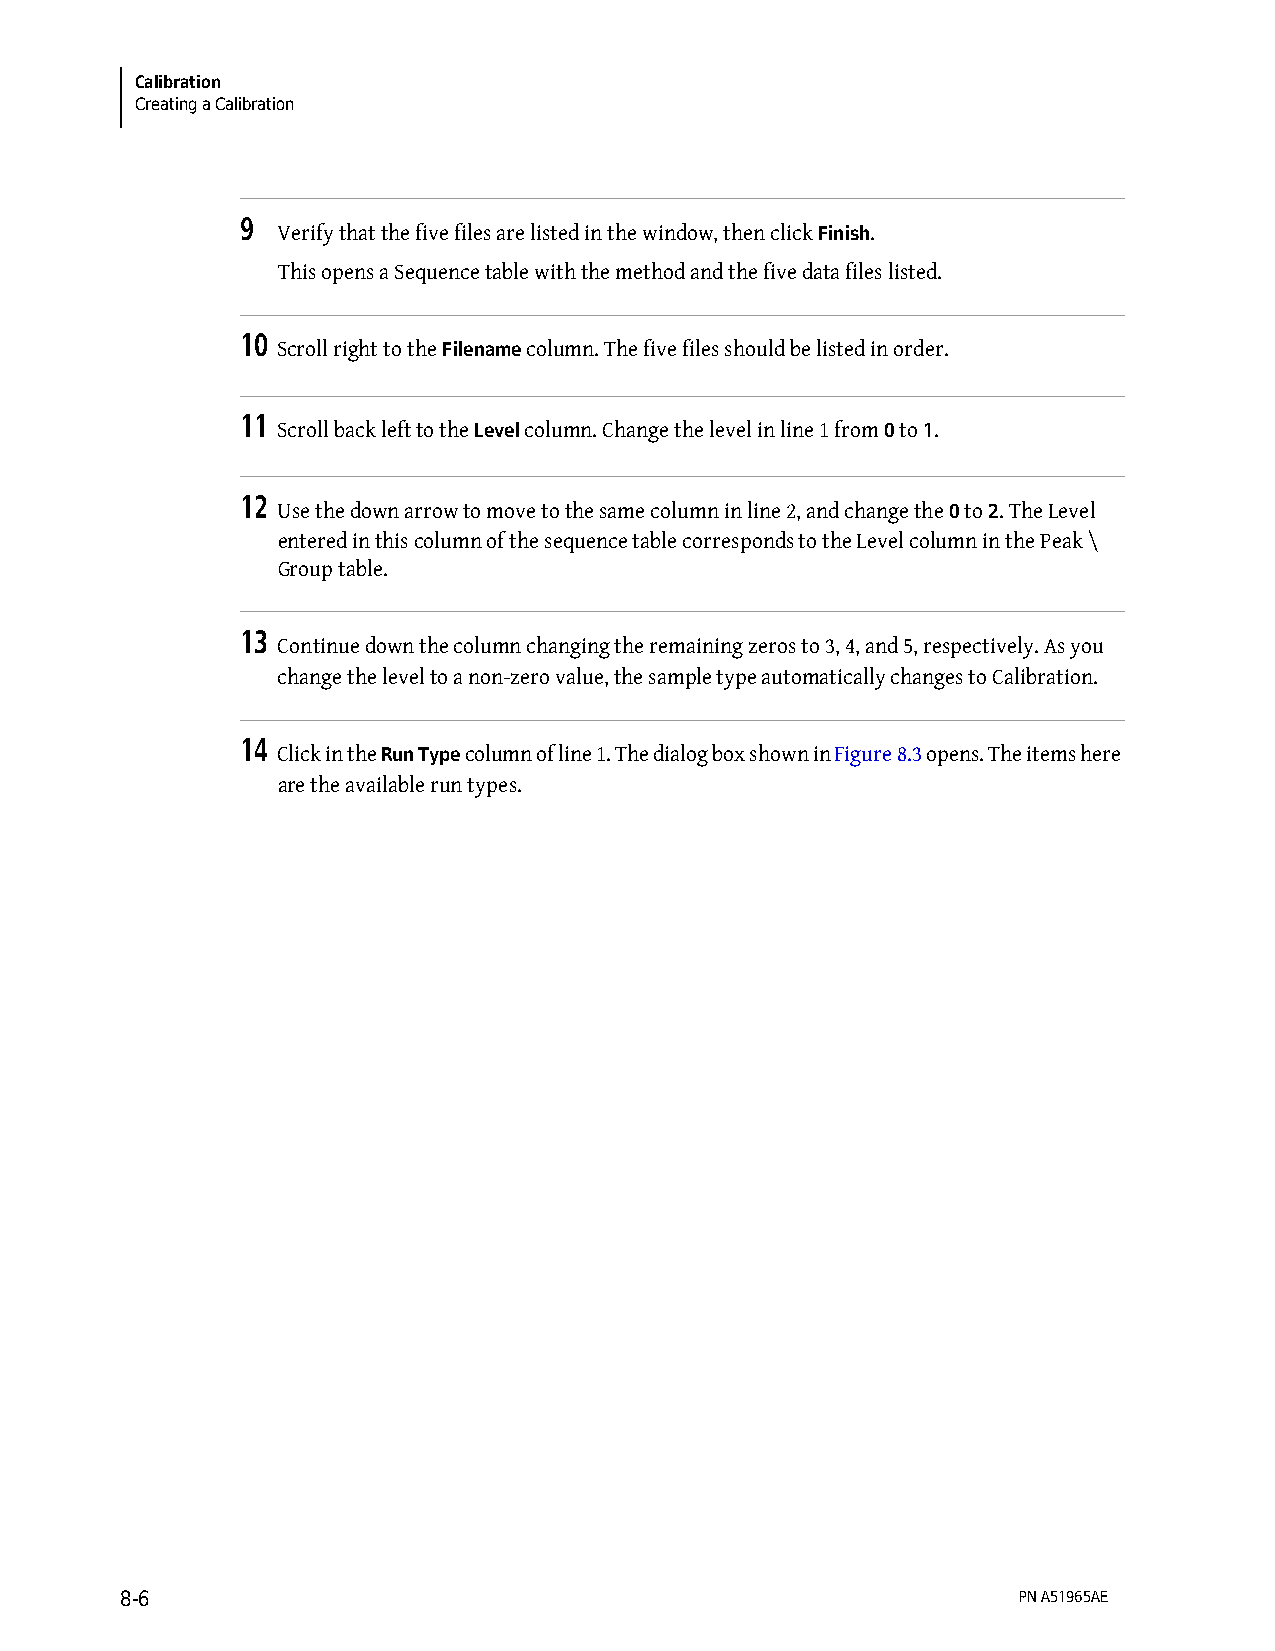
Calibration
 Creating a Calibration
 9
 Verify that the five files are listed in the window, then click Finish.
 This opens a Sequence table with the method and the five data files listed.
 10
 Scroll right to the Filename column. The five files should be listed in order.
 11
 Scroll back left to the Level column. Change the level in line 1 from 0 to 1.
 12
 Use the down arrow to move to the same column in line 2, and change the 0 to 2. The Level
 entered in this column of the sequence table corresponds to the Level column in the Peak \
 Group table.
 13
 Continue down the column changing the remaining zeros to 3, 4, and 5, respectively. As you
 change the level to a non-zero value, the sample type automatically changes to Calibration.
 14
 Click in the Run Type column of line 1. The dialog box shown in Figure 8.3 opens. The items here
 are the available run types.
 8-6                                                        PN A51965AE